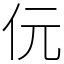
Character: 㐾